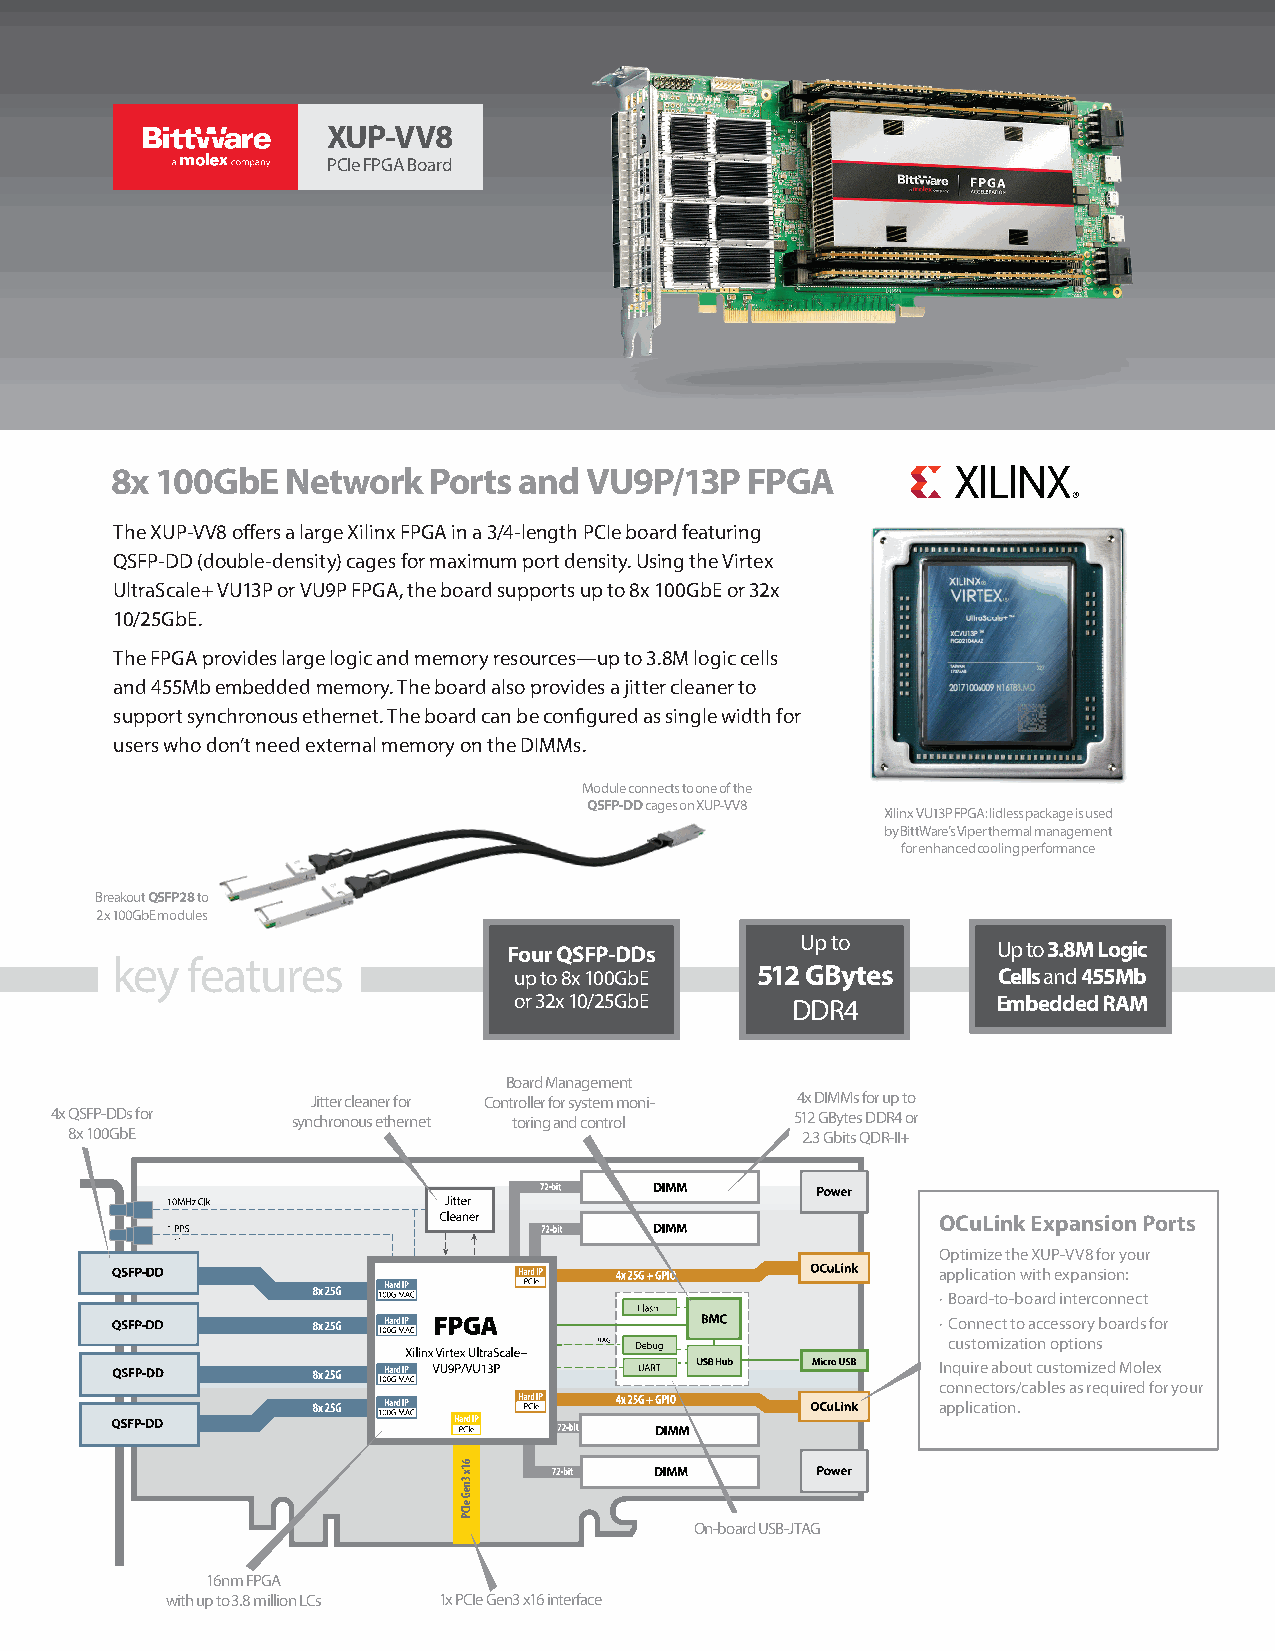
XUP-VV8
 PCIe FPGA Board
 8x 100GbE   Network  Ports and  VU9P/13P  FPGA
 The XUP-VV8 offers a large Xilinx FPGA in a 3/4-length PCIe board featuring
 QSFP-DD (double-density) cages for maximum port density. Using the Virtex
 UltraScale+ VU13P or VU9P FPGA, the board supports up to 8x 100GbE or 32x
 10/25GbE.
 The FPGA provides large logic and memory resources—up to 3.8M logic cells
 and 455Mb embedded memory. The board also provides a jitter cleaner to
 support synchronous ethernet. The board can be configured as single width for
 users who don’t need external memory on the DIMMs.
 Module connects to one of the
 QSFP-DD cages on XUP-VV8
 Xilinx VU13P FPGA: lidless package is used
 by BittWare’s Viper thermal management
 for enhanced cooling performance
 Breakout QSFP28 to
 2x 100GbE modules
 Up to
 Four QSFP-DDs                   Up to 3.8M Logic
 key  features
 up to 8x 100GbE 512 GBytes      Cells and 455Mb
 or 32x 10/25GbE   DDR4          Embedded RAM
 Board Management
 Jitter cleaner for Controller for system moni- 4x DIMMs for up to
 4x QSFP-DDs for synchronous ethernet toring and control 512 GBytes DDR4 or
 8x 100GbE                                       2.3 Gbits QDR-II+
 OCuLink Expansion Ports
 Optimize the XUP-VV8 for your
 application with expansion:
 · Board-to-board interconnect
 · Connect to accessory boards for
 customization options
 Inquire about customized Molex
 connectors/cables as required for your
 application.
 On-board USB-JTAG
 16nm FPGA
 with up to 3.8 million LCs 1x PCIe Gen3 x16 interface